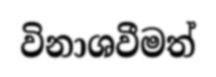
විනාශවීමත්